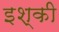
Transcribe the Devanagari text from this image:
इश्की